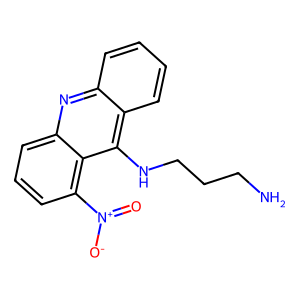
SMILES: NCCCNc1c2ccccc2nc2cccc([N+](=O)[O-])c12
Inhibits HIV replication: No